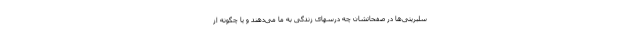
سلبریتی‌ها در صفحاتشان چه درسهای زندگی به ما می‌دهند و یا چگونه از